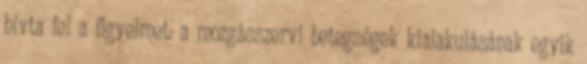
hívta fel a figyelmet: a mozgásszervi betegségek kialakulásának egyik